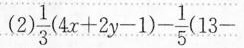
(2)$$\frac { 1 } { 3 } ( 4 x + 2 y - 1 ) - \frac { 1 } { 5 } ( 1 3 -